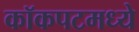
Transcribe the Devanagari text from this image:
कॉकपटमध्ये